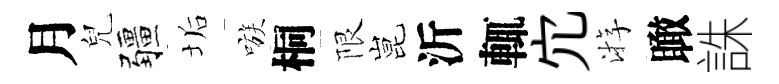
月兒疆垢嗾桐限昆沂輒宂㳺瞰誅